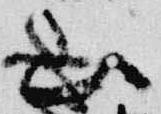
山